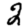
Digit: 2